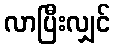
လာပြီးလျှင်